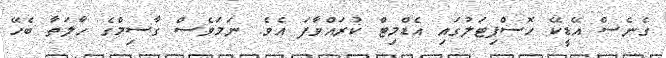
ގެނެސް އޭޑީކޭ ހޮސްޕިޓަލުގައި އެޑްމިޓް ކުރައްވާފަ އެވެ. ނަމަވެސް ގާސިމްގެ ހާލަތާ ބެހޭ